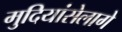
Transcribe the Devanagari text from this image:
मुदियांसेलागे